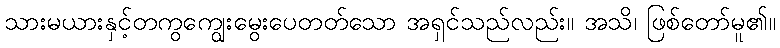
သားမယားနှင့်တကွကျွေးမွေးပေတတ်သော အရှင်သည်လည်း။ အသိ၊ ဖြစ်တော်မူ၏။